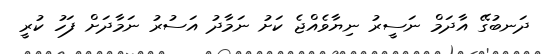
ދަނބުގޭ އާދަމް ނަސީރު ނިޔާވެއްޖެ ކަށު ނަމާދު އަސުރު ނަމާދަށް ފަހު ކުރީ